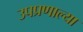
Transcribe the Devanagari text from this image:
उपप्रणाल्या